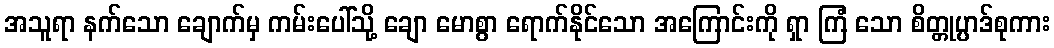
အသူရာ နက်သော ချောက်မှ ကမ်းပေါ်သို့ ချော မောစွာ ရောက်နိုင်သော အကြောင်းကို ရှာ ကြံ သော စိတ္တုပ္ပာဒ်စုကား